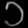
Digit: ၁